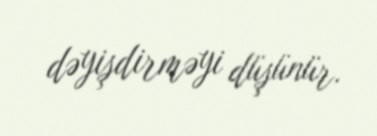
dəyişdirməyi düşünür.